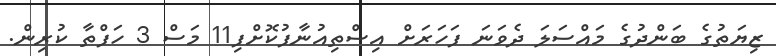
ޒިޔަތުގެ ބަންދުގެ މައްސަލަ ދެވަނަ ފަހަރަށް އިސްތިއުނާފުކޮށްފި11 މަސް 3 ހަފްތާ ކުރިން.